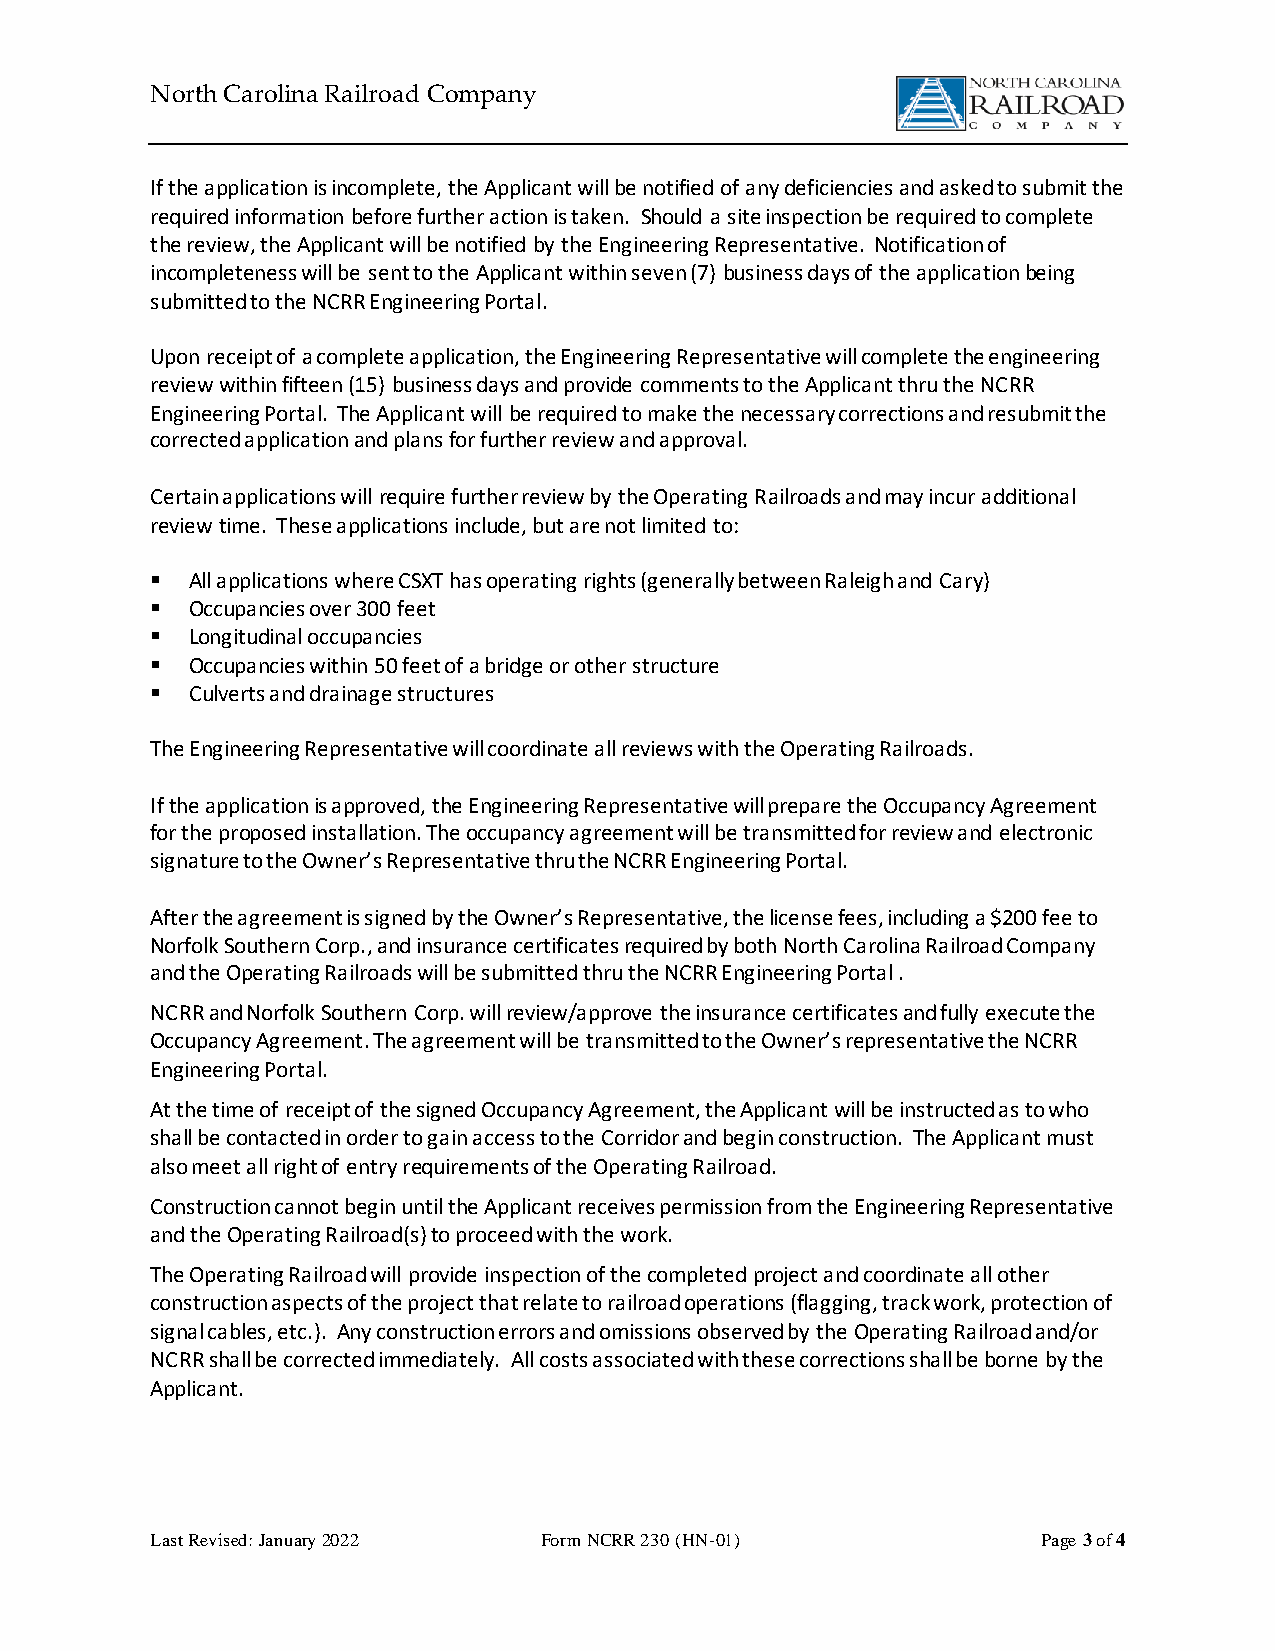
North Carolina Railroad Company
 If the application is incomplete, the Applicant will be notified of any deficiencies and asked to submit the
 required information before further action is taken. Should a site inspection be required to complete
 the review, the Applicant will be notified by the Engineering Representative. Notification of
 incompleteness will be sent to the Applicant within seven (7) business days of the application being
 submitted to the NCRR Engineering Portal.
 Upon receipt of a complete application, the Engineering Representative will complete the engineering
 review within fifteen (15) business days and provide comments to the Applicant thru the NCRR
 Engineering Portal. The Applicant will be required to make the necessary corrections and resubmit the
 corrected application and plans for further review and approval.
 Certain applications will require further review by the Operating Railroads and may incur additional
 review time. These applications include, but are not limited to:
 ▪ All applications where CSXT has operating rights (generally between Raleigh and Cary)
 ▪ Occupancies over 300 feet
 ▪ Longitudinal occupancies
 ▪ Occupancies within 50 feet of a bridge or other structure
 ▪ Culverts and drainage structures
 The Engineering Representative will coordinate all reviews with the Operating Railroads.
 If the application is approved, the Engineering Representative will prepare the Occupancy Agreement
 for the proposed installation. The occupancy agreement will be transmitted for review and electronic
 signature to the Owner’s Representative thru the NCRR Engineering Portal.
 After the agreement is signed by the Owner’s Representative, the license fees, including a $200 fee to
 Norfolk Southern Corp., and insurance certificates required by both North Carolina Railroad Company
 and the Operating Railroads will be submitted thru the NCRR Engineering Portal .
 NCRR and Norfolk Southern Corp. will review/approve the insurance certificates and fully execute the
 Occupancy Agreement. The agreement will be transmitted to the Owner’s representative the NCRR
 Engineering Portal.
 At the time of receipt of the signed Occupancy Agreement, the Applicant will be instructed as to who
 shall be contacted in order to gain access to the Corridor and begin construction. The Applicant must
 also meet all right of entry requirements of the Operating Railroad.
 Construction cannot begin until the Applicant receives permission from the Engineering Representative
 and the Operating Railroad(s) to proceed with the work.
 The Operating Railroad will provide inspection of the completed project and coordinate all other
 construction aspects of the project that relate to railroad operations (flagging, track work, protection of
 signal cables, etc.). Any construction errors and omissions observed by the Operating Railroad and/or
 NCRR shall be corrected immediately. All costs associated with these corrections shall be borne by the
 Applicant.
 Last Revised: January 2022 Form NCRR 230 (HN-01)           Page 3 of 4